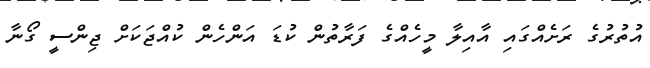
އުތުރުގެ ރަށެއްގައި އާއިލާ މީހެއްގެ ފަރާތުން ކުޑަ އަންހެން ކުއްޖަކަށް ޖިންސީ ގޯނާ